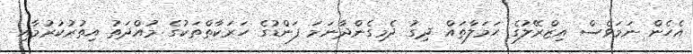
އެހެން ނަމަވެސް އިޒްރޭލުގެ ޙަމަލާތައް ދިގު ދެމިގެންދާނަމަ ފަންޑުގެ ހަރަކާތްތަކުގެ މުއްދަތު އިތުރުކުރުމާއި